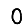
Digit: 0